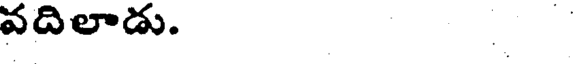
వదిలాడు.